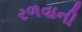
રળવાની